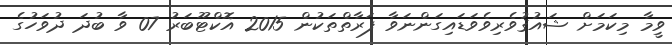
ވީމާ މިކަމަށް ޝައުޤުވެރިވެވަޑައިގަންނަވާ ފަރާތްތަކުން 2015 އޮކްޓޫބަރު 07 ވާ ބުދަ ދުވަހުގެ